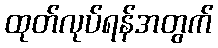
ထုတ်လုပ်ရန်အတွက်